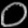
Digit: ၀